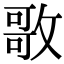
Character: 𭤃